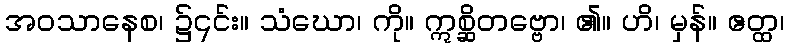
အဝသာနေစ၊ ၌၎င်း။ သံဃော၊ ကို။ ဣစ္ဆိတဗ္ဗော၊ ၏။ ဟိ၊ မှန်။ ဧတ္ထ၊